Punjab Mental Hospital Lahore 1932-46 - 1932-1946
Year: 1932
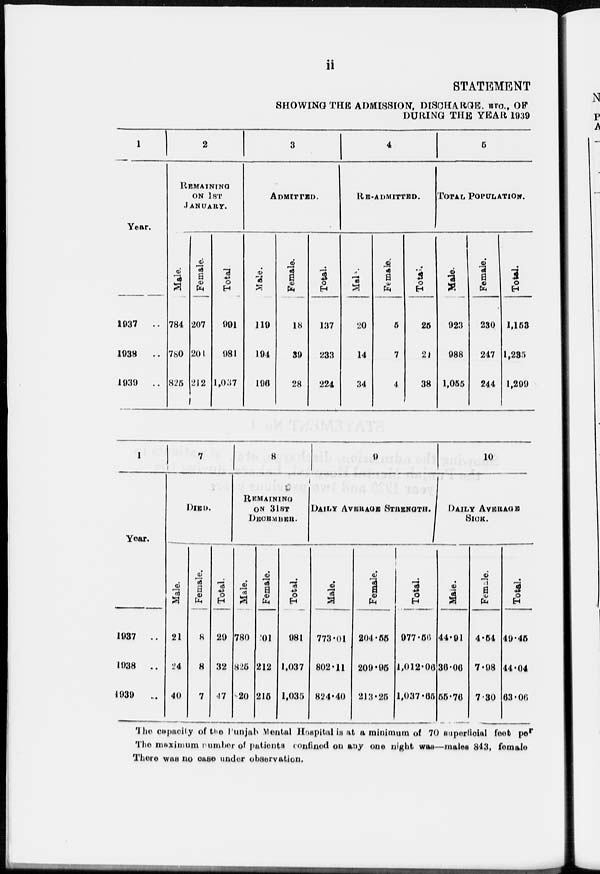
ii
STATEMENT
SHOWING THE ADMISSION, DISCHARGES, ETC., OF
DURING THE YEAR 1939
1
Year.
1937 ..
1938 ..
1939
..
2
REMAINING
ON 1ST
JANUARY.
Male.
784
780
825
Female.
207
201
212
Total.
991
981
1,037
3
ADMITTED.
Male.
119
194
196
Female.
18
39
28
Total.
137
233
224
4
RE-ADMITTED.
Male.
20
14
34
Female.
5
7
4
Total.
25
21
38
5
TOTAL POPULATION.
Male.
923
988
1,055
Female.
230
247
244
Total.
1,153
1,235
1,299
1
Year.
1937 ..
1938
..
1939
..
7
DIED.
Male.
21
24
40
Female.
8
8
7
Total.
29
32
47
8
REMAINING
ON 31ST
DECEMBER.
Male.
780
825
20
Female.
201
212
215
Total.
981
1,037
1,035
9
DAILY AVERAGE STRENGTH.
Male.
773.01
802.11
824.40
Female.
204.55
209.95
213.25
Total.
977.56
1,012.06
1,037.65
10
DAILY AVERAGE
SICK.
Male.
44.91
36.06
55.76
Female.
4.54
7.98
7.30
Total.
49.45
44.04
63.06
The capacity of the Punjab Mental Hospital is at a minimum of 70 superficial feet per
The maximum number of patients confined on any one night was—males 843, female
There was no case under observation.